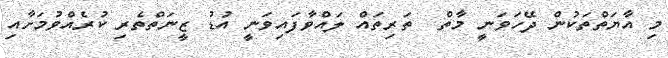
މި އާޔަތްތަކުން ދޭހަވަނީ މާތް  ތަރިތައް ލައްވާފައިވަނީ އުޑު ޒީނަތްތެރި ކުރެއްވުމަށާއި